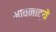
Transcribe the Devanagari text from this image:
भावनाट्ये